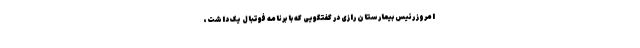
امروز رئیس بیمارستان رازی در گفتگویی که با برنامه فوتبال یک داشت،